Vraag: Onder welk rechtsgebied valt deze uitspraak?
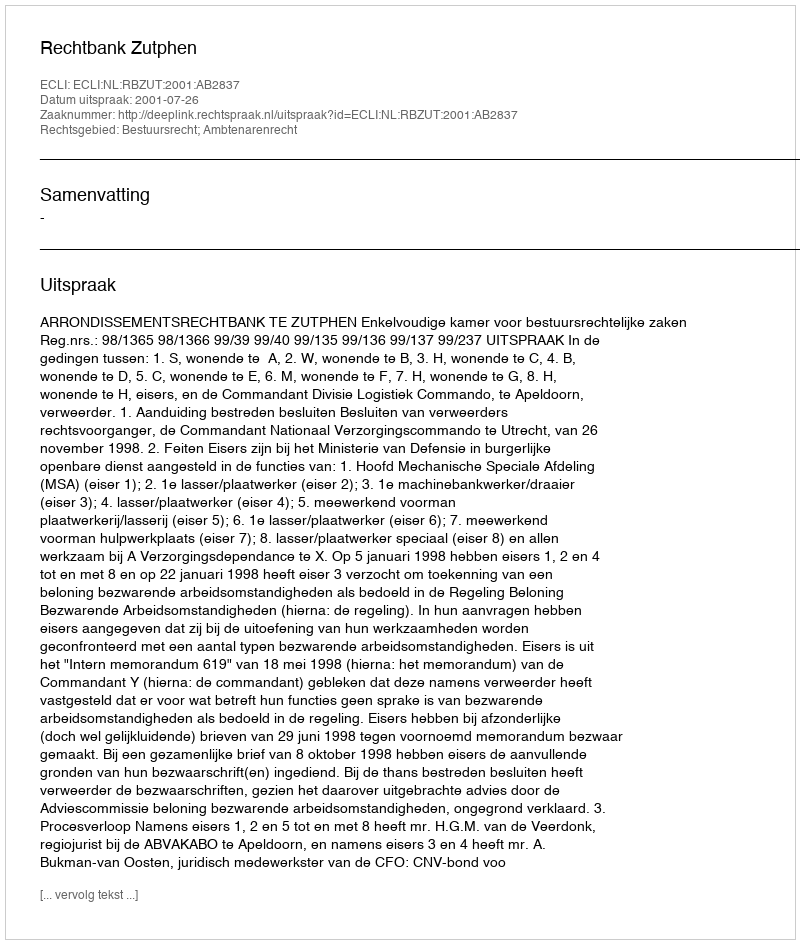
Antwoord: Bestuursrecht; Ambtenarenrecht